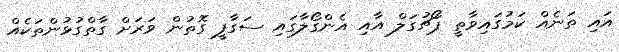
އައި ތަނެއް ކަމުގައިވާތީ ޕޯޗުގަލް އާއި އެންގޯލާގައި ސަގާފީ ގޮތުން ވަރަށް ގާތްގުޅުންތަކެއް